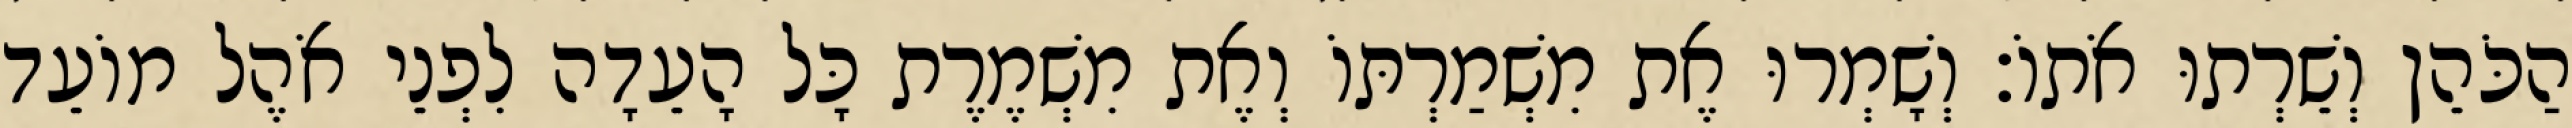
הַכֹּהֵן וְשֵׁרְתוּ אֹתוֹ׃ וְשָׁמְרוּ אֶת מִשְׁמַרְתּוֹ וְאֶת מִשְׁמֶרֶת כָּל הָעֵדָה לִפְנֵי אֹהֶל מוֹעֵד